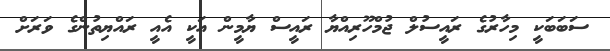
ސަބަބަކީ މިހާރުގެ ރައީސުލް ޖުމްހޫރިއްޔާ ރައީސް ޔާމީން އަކީ އެއީ ރައްޔިތުންގެ ވަރަށް